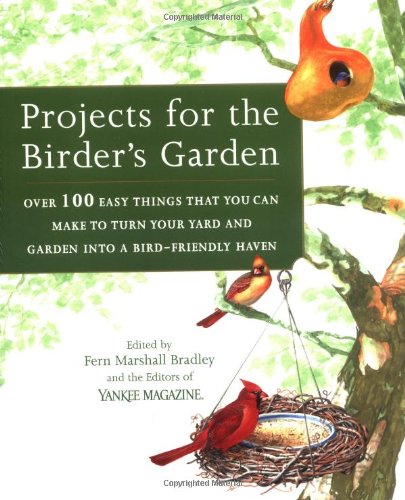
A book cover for Projects for the Birder's Garden: Over 100 Easy Things That You can Make to Turn Your Yard and Garden into a Bird-Friendly Haven; Crafts, Hobbies & Home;